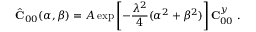
\hat { \bf C } _ { 0 0 } ( \alpha , \beta ) = A \exp \left[ - \frac { \lambda ^ { 2 } } { 4 } ( \alpha ^ { 2 } + \beta ^ { 2 } ) \right] { \bf C } _ { 0 0 } ^ { y } \mathrm { ~ . ~ }